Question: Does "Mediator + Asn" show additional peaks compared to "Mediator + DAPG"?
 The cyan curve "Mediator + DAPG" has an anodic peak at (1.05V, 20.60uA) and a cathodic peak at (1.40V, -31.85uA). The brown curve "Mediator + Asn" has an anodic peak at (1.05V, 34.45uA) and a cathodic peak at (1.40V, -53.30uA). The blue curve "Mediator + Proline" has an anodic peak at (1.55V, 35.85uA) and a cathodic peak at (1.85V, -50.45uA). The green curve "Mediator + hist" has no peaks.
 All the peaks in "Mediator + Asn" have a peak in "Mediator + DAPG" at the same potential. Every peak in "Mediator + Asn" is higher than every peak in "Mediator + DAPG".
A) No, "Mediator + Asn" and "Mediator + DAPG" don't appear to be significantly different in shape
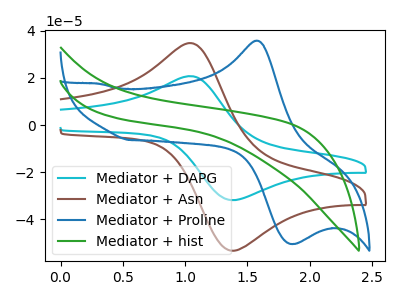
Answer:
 <answer>A) No, "Mediator + Asn" and "Mediator + DAPG" don't appear to be significantly different in shape</answer>
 <eval>A</eval>